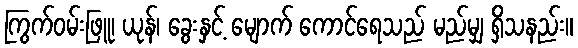
ကြွက်ဝမ်းဖြူ၊ ယုန်၊ ခွေးနှင့် မျောက် ကောင်ရေသည် မည်မျှ ရှိသနည်း။